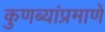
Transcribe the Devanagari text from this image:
कुणब्यांप्रमाणें